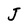
Character: J